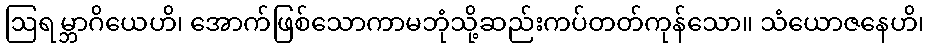
ဩရမ္ဘာဂိယေဟိ၊ အောက်ဖြစ်သောကာမဘုံသို့ဆည်းကပ်တတ်ကုန်သော။ သံယောဇနေဟိ၊